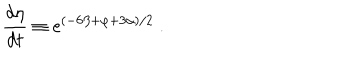
\frac { d \eta } { d t } \equiv \mathrm { e } ^ { ( - 6 \beta + \varphi + 3 \alpha ) / 2 } \ .